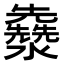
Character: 𤄳